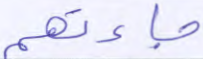
جاءتهم